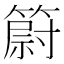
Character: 𥳀